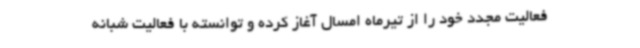
فعالیت مجدد خود را از تیرماه امسال آغاز کرده و توانسته با فعالیت شبانه